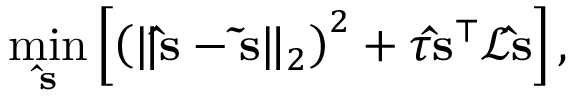
\operatorname* { m i n } _ { \ensuremath { \mathbf { \hat { s } } } } \left[ \left( \| \ensuremath { \mathbf { \hat { s } } } - \ensuremath { \mathbf { \tilde { s } } } \| _ { 2 } \right) ^ { 2 } + \tau \ensuremath { \mathbf { \hat { s } } } ^ { \top } \mathcal L \ensuremath { \mathbf { \hat { s } } } \right] ,